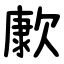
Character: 㱂